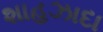
શાહઝાદા